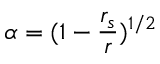
\alpha = ( 1 - \frac { r _ { s } } { r } ) ^ { 1 / 2 }